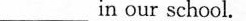
___in our school.